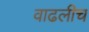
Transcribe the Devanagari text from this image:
वाढलीच